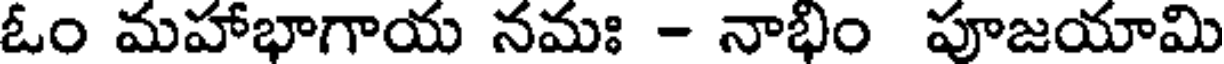
ఓం మహాభాగాయ నమః - నాభిం పూజయామి